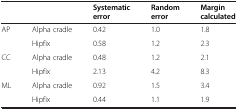
<table><thead><tr><td><b> </b></td><td><b> </b></td><td><b>Systematic error</b></td><td><b>Random error</b></td><td><b>Margin calculated</b></td></tr></thead><tbody><tr><td rowspan="2">AP</td><td>Alpha cradle</td><td>0.42</td><td>1.0</td><td>1.8</td></tr><tr><td>Hipfix</td><td>0.58</td><td>1.2</td><td>2.3</td></tr><tr><td rowspan="2">CC</td><td>Alpha cradle</td><td>0.48</td><td>1.2</td><td>2.1</td></tr><tr><td>Hipfix</td><td>2.13</td><td>4.2</td><td>8.3</td></tr><tr><td>ML</td><td>Alpha cradle</td><td>0.92</td><td>1.5</td><td>3.4</td></tr><tr><td> </td><td>Hipfix</td><td>0.44</td><td>1.1</td><td>1.9</td></tr></tbody></table>